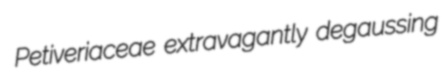
Petiveriaceae extravagantly degaussing